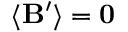
\langle \mathbf { B } ^ { \prime } \rangle = \mathbf { 0 }